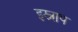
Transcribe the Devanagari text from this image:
इस्नाप